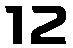
12